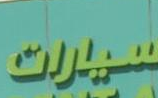
سيارات